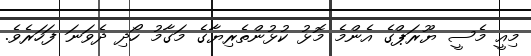
މިއީ މެސީ ޔޫރަޕްގެ އެންމެ މޮޅު ކުޅުންތެރިޔާގެ މަގާމު ހޯދި ދެވަނަ ފަހަރެވެ.